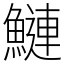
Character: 鰱